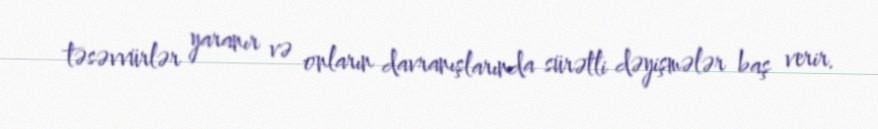
təsəvvürlər yaranır və onların davranışlarında sürətli dəyişmələr baş verir.